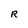
Character: R